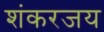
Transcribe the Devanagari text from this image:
शंकरजय